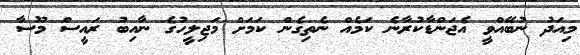
މިއަދު ނުބޭއްވީ އެޖަންޑާކުރާނެ ކަމެއް ނެތިގެން ކަމަށް މަޖިލީހުގެ ނާއިބު ރައީސް މޫސާ